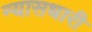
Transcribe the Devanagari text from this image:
न्यासधारी